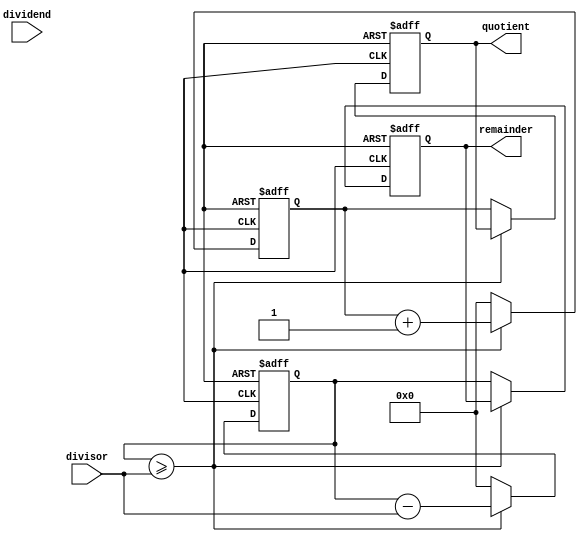
module async_divider (
    input wire [31:0] dividend,
    input wire [31:0] divisor,
    output reg [31:0] quotient,
    output reg [31:0] remainder
);

reg [31:0] temp_dividend;
reg [31:0] temp_remainder;

always @ (posedge clock or negedge reset) begin
    if (!reset) begin
        temp_dividend <= 0;
        temp_remainder <= 0;
        quotient <= 0;
        remainder <= 0;
    end else begin
        if (temp_remainder >= divisor) begin
            temp_remainder <= temp_remainder - divisor;
            temp_dividend <= temp_dividend + 1;
        end else begin
            quotient <= temp_dividend;
            remainder <= temp_remainder;
            temp_dividend <= 0;
            temp_remainder <= 0;
        end
    end
end

endmodule